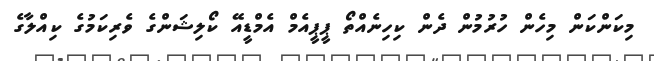
މިކަންކަން މިހެން ހުރުމުން ދެން ކިހިނެއްްތޯ ޕީޕީއެމް އެމްޑީއޭ ކޯލިޝަންގެ ވެރިކަމުގެ ކިއްލާގެ